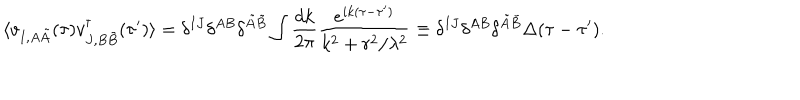
\langle v _ { I , A \tilde { A } } ( \tau ) v _ { J , B \tilde { B } } ^ { \dagger } ( \tau ^ { \prime } ) \rangle = \delta ^ { I J } \delta ^ { A B } \delta ^ { \tilde { A } \tilde { B } } \int \frac { d k } { 2 \pi } \frac { e ^ { i k ( \tau - \tau ^ { \prime } ) } } { k ^ { 2 } + r ^ { 2 } / \lambda ^ { 2 } } \equiv \delta ^ { I J } \delta ^ { A B } \delta ^ { \tilde { A } \tilde { B } } \Delta ( \tau - \tau ^ { \prime } ) .